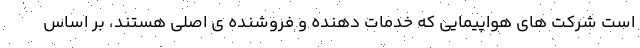
است شرکت های هواپیمایی که خدمات دهنده و فروشنده ی اصلی هستند، بر اساس